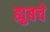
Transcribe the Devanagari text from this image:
ह्युबचे